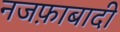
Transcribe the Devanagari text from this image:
नजफ़ाबादी